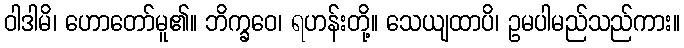
ဝါဒါမိ၊ ဟောတော်မူ၏။ ဘိက္ခဝေ၊ ရဟန်းတို့။ သေယျထာပိ၊ ဥမပါမည်သည်ကား။